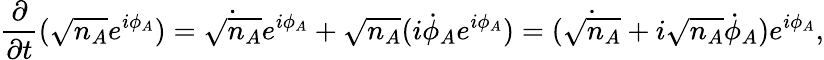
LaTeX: {\frac{\partial}{\partial t}}({\sqrt{n_{A}}}e^{i\phi_{A}})={\dot{\sqrt{n_{A}}}}e^{i\phi_{A}}+{\sqrt{n_{A}}}(i{\dot{\phi}}_{A}e^{i\phi_{A}})=({\dot{\sqrt{n_{A}}}}+i{\sqrt{n_{A}}}{\dot{\phi}}_{A})e^{i\phi_{A}},